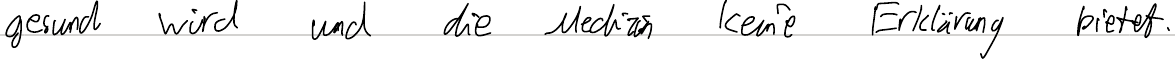
gesund wird und die Medizin keine Erklärung bietet.